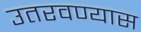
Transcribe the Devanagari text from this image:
उतरवण्यास